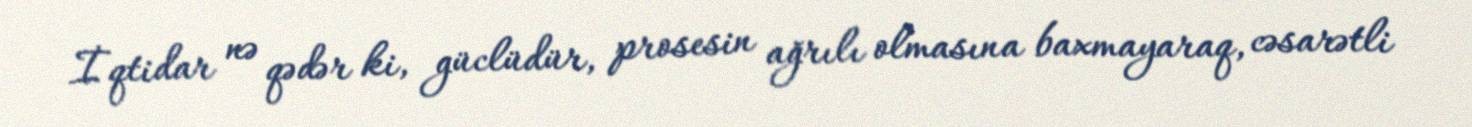
İqtidar nə qədər ki, güclüdür, prosesin ağrılı olmasına baxmayaraq, cəsarətli